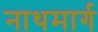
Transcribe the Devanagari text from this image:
नाथमार्ग